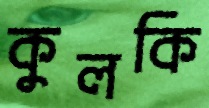
কুলকি